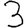
Digit: 3